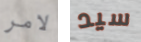
لامر سيد